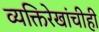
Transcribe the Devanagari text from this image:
व्यक्तिरेखांचीही